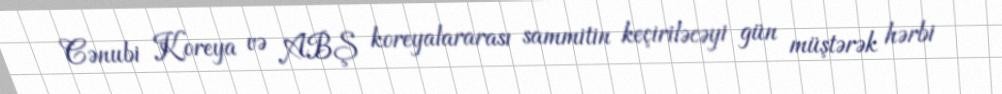
Cənubi Koreya və ABŞ koreyalararası sammitin keçiriləcəyi gün müştərək hərbi